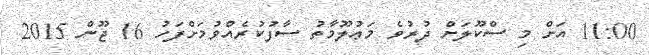
11:00 އަށް މި ސްކޫލަށް ދުރުވެ މަޢުލޫމާތު ސާފުކުރެއްވުމަށްފަހު 16 ޖޫން 2015